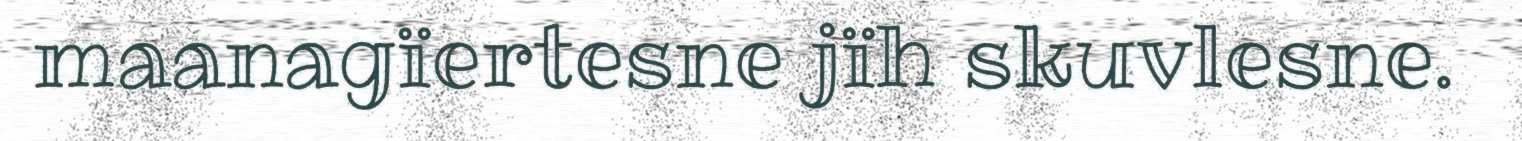
maanagïertesne jïh skuvlesne.